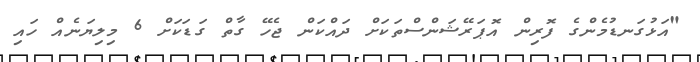
"އަޅުގަނޑުމެންގެ ފޮރިން އޮޕަރޭޝަންސްތަކަށް ދައްކަން ޖެހޭ ގާތް ގަޑަކަށް 6 މިލިޔަނެއް ހައި